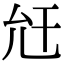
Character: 𢆋